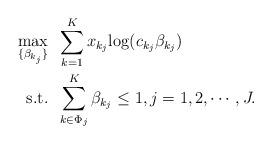
LaTeX: \begin{align*}\max_{\{\beta_{k_j}\}} &\;\; \sum_{k=1}^K x_{k_j}{\log(c_{k_j} \beta_{k_j} )} \\\mbox{s.t.} &\;\; \sum_{k \in \Phi_j}^K \beta_{k_j} \leq 1, j=1,2,\cdots,J. \end{align*}